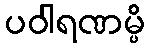
ပဝါရဏမ္ပိ